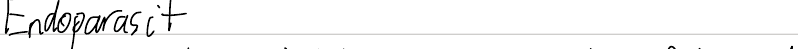
Endoparasit